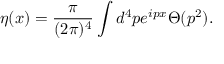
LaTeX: \eta ( x ) = { \frac { \pi } { ( 2 \pi ) ^ { 4 } } } \int d ^ { 4 } p e ^ { i p x } \Theta ( p ^ { 2 } ) . \nonumber